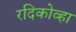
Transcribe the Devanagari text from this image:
रदिकोव्हा